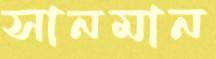
সানমান